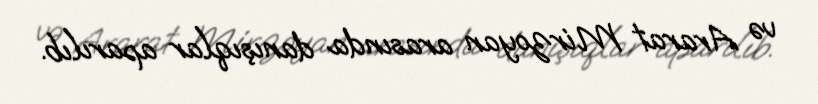
və Ararat Mirzoyan arasında danışıqlar aparılıb.